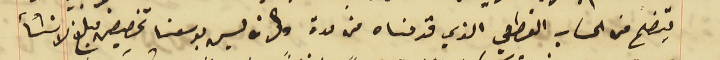
يتضح من الحساب القطعي الذي قدمناه من مدة والان ليس بوسعنا تخصيص مبلغ لانشأ